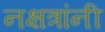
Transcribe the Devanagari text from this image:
नक्षत्रांनी